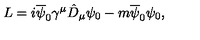
L = i \overline { { \psi } } _ { 0 } { \gamma } ^ { \mu } \hat { D } _ { \mu } { \psi } _ { 0 } - m \overline { { \psi } } _ { 0 } { \psi } _ { 0 } ,